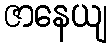
ဇာနေယျ